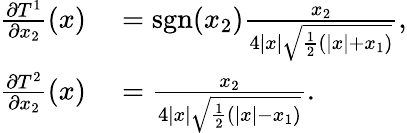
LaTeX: \begin{array}{rl}{\frac{\partial T^{1}}{\partial x_{2}}(x)}&{{}=\textrm{sgn}(x_{2})\frac{x_{2}}{4|x|\sqrt{\frac{1}{2}\left(|x|+x_{1}\right)}},}\\ {\frac{\partial T^{2}}{\partial x_{2}}(x)}&{{}=\frac{x_{2}}{4|x|\sqrt{\frac{1}{2}\left(|x|-x_{1}\right)}}.}\end{array}